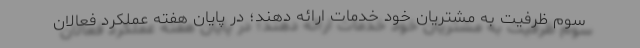
سوم ظرفیت به مشتریان خود خدمات ارائه دهند؛ در پایان هفته عملکرد فعالان